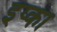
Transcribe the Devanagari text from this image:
इप्का